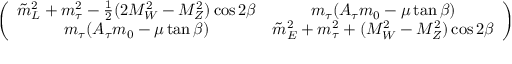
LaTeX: \left( \begin{array} { c c } { { \tilde { m } _ { L } ^ { 2 } + m _ { \tau } ^ { 2 } - \frac { 1 } { 2 } ( 2 M _ { W } ^ { 2 } - M _ { Z } ^ { 2 } ) \cos 2 \beta } } & { { m _ { \tau } ( A _ { \tau } m _ { 0 } - \mu \tan \beta ) } } \\ { { m _ { \tau } ( A _ { \tau } m _ { 0 } - \mu \tan \beta ) } } & { { \tilde { m } _ { E } ^ { 2 } + m _ { \tau } ^ { 2 } + ( M _ { W } ^ { 2 } - M _ { Z } ^ { 2 } ) \cos 2 \beta } } \end{array} \right) \nonumber